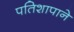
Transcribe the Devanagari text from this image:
पतिशापाने